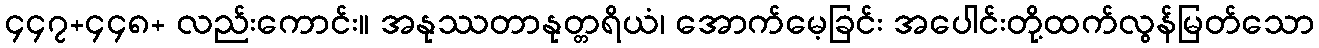
၄၄၇+၄၄၈+ လည်းကောင်း။ အနုဿတာနုတ္တရိယံ၊ အောက်မေ့ခြင်း အပေါင်းတို့ထက်လွန်မြတ်သော